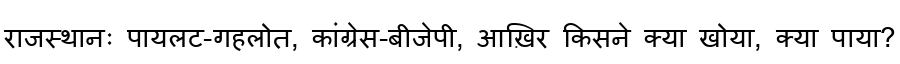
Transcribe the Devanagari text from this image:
राजस्थानः पायलट-गहलोत, कांग्रेस-बीजेपी, आख़िर किसने क्या खोया, क्या पाया?